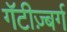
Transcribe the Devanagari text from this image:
गॅटीज़्बर्ग